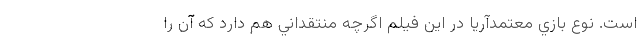
است. نوع بازي معتمدآريا در اين فيلم اگرچه منتقداني هم دارد که آن را